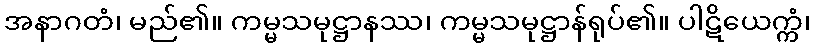
အနာဂတံ၊ မည်၏။ ကမ္မသမုဋ္ဌာနဿ၊ ကမ္မသမုဋ္ဌာန်ရုပ်၏။ ပါဋိယေက္ကံ၊